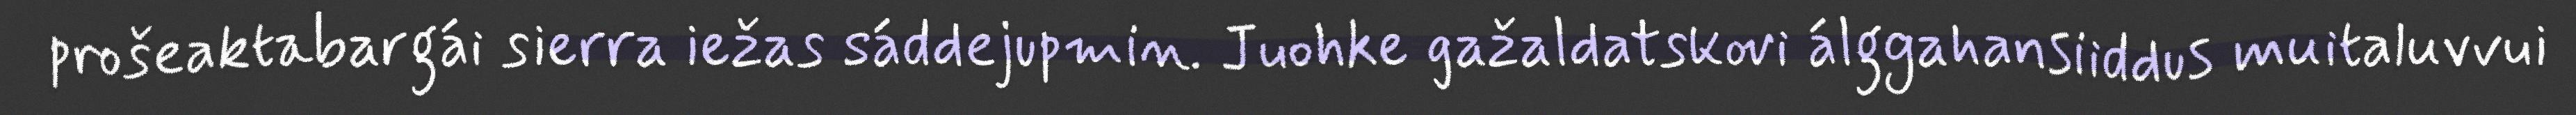
prošeaktabargái sierra iežas sáddejupmin. Juohke gažaldatskovi álggahansiiddus muitaluvvui